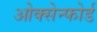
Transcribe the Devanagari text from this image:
ओक्सेन्फोर्ड